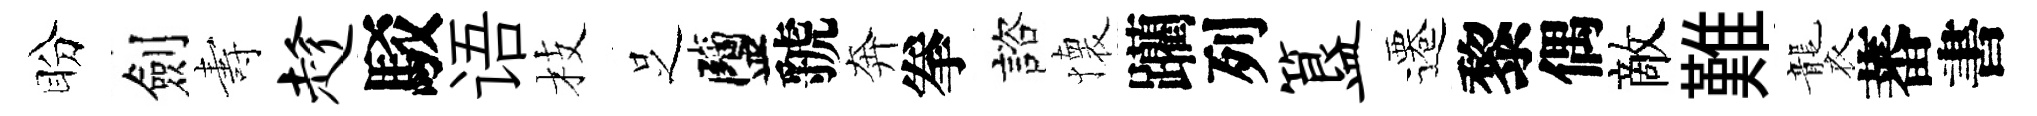
盼劍夀趁駁语枝𠯁鹽虢奔拳諮懐躪列簋遷黎偶敵難襲蕃書